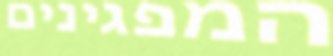
המפגינים